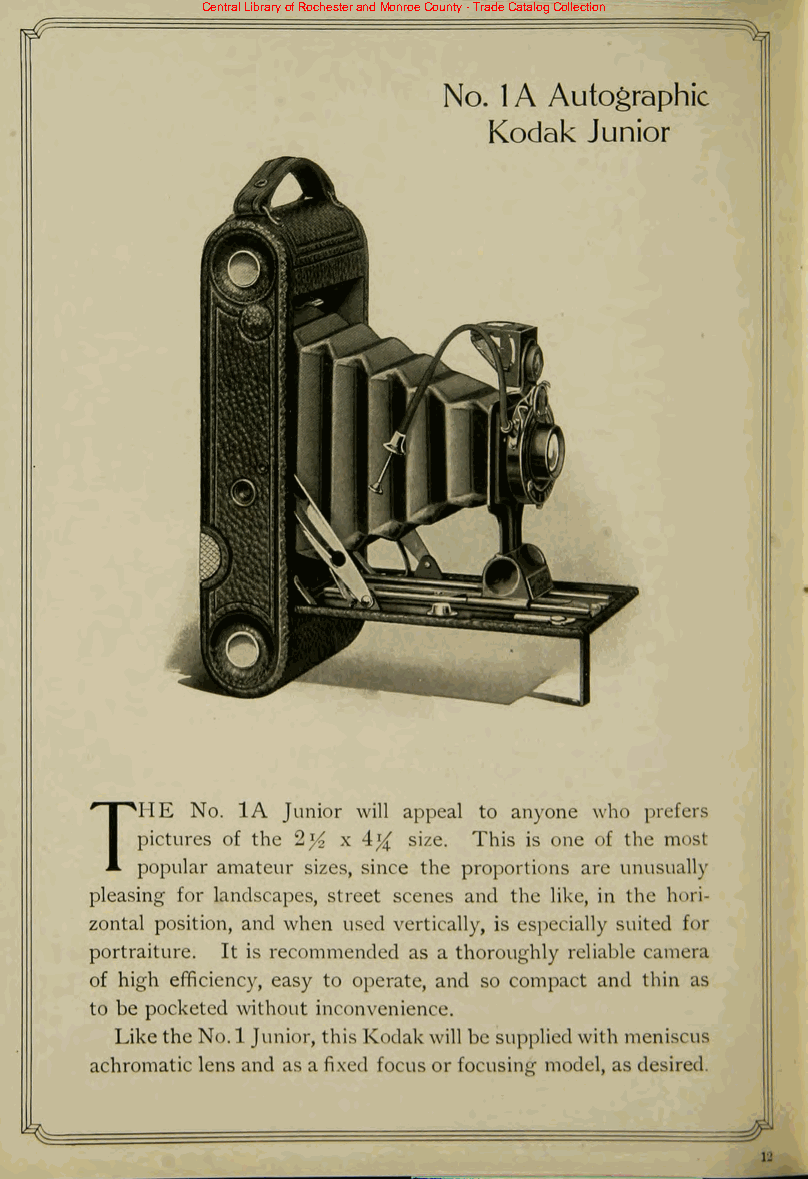
Central Library of Rochester and Monroe County - Trade Catalog Collection
 No. 1 A Autographic
 Kodak  Junior
 THE    No. 1A Junior will appeal to anyone who prefers
 pictures of the 2J/2 x 4% size. This is one of the most
 popular amateur sizes, since the proportions are unusually
 pleasing for landscapes, street scenes and the like, in the hori
 zontal position, and when used vertically, is especially suited for
 portraiture. It is recommended as a thoroughly reliable camera
 of high efficiency, easy to operate, and so compact and thin as
 to be pocketed without inconvenience.
 Likethe No.l Junior, this Kodakwill be supplied with meniscus
 achromatic lens and as a fixed focus or focusing model, as desired.